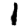
Digit: 1